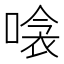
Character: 𠹸